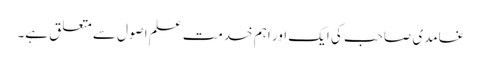
غامدی صاحب کی ایک اور اہم خدمت علم اصول سے متعلق ہے۔